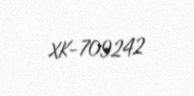
XK-709242